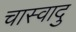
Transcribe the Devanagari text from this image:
चास्वादु